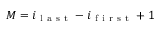
M = i _ { \mathrm { ~ l ~ a ~ s ~ t ~ } } - i _ { \mathrm { ~ f ~ i ~ r ~ s ~ t ~ } } + 1